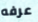
عرفه